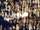
معادلة